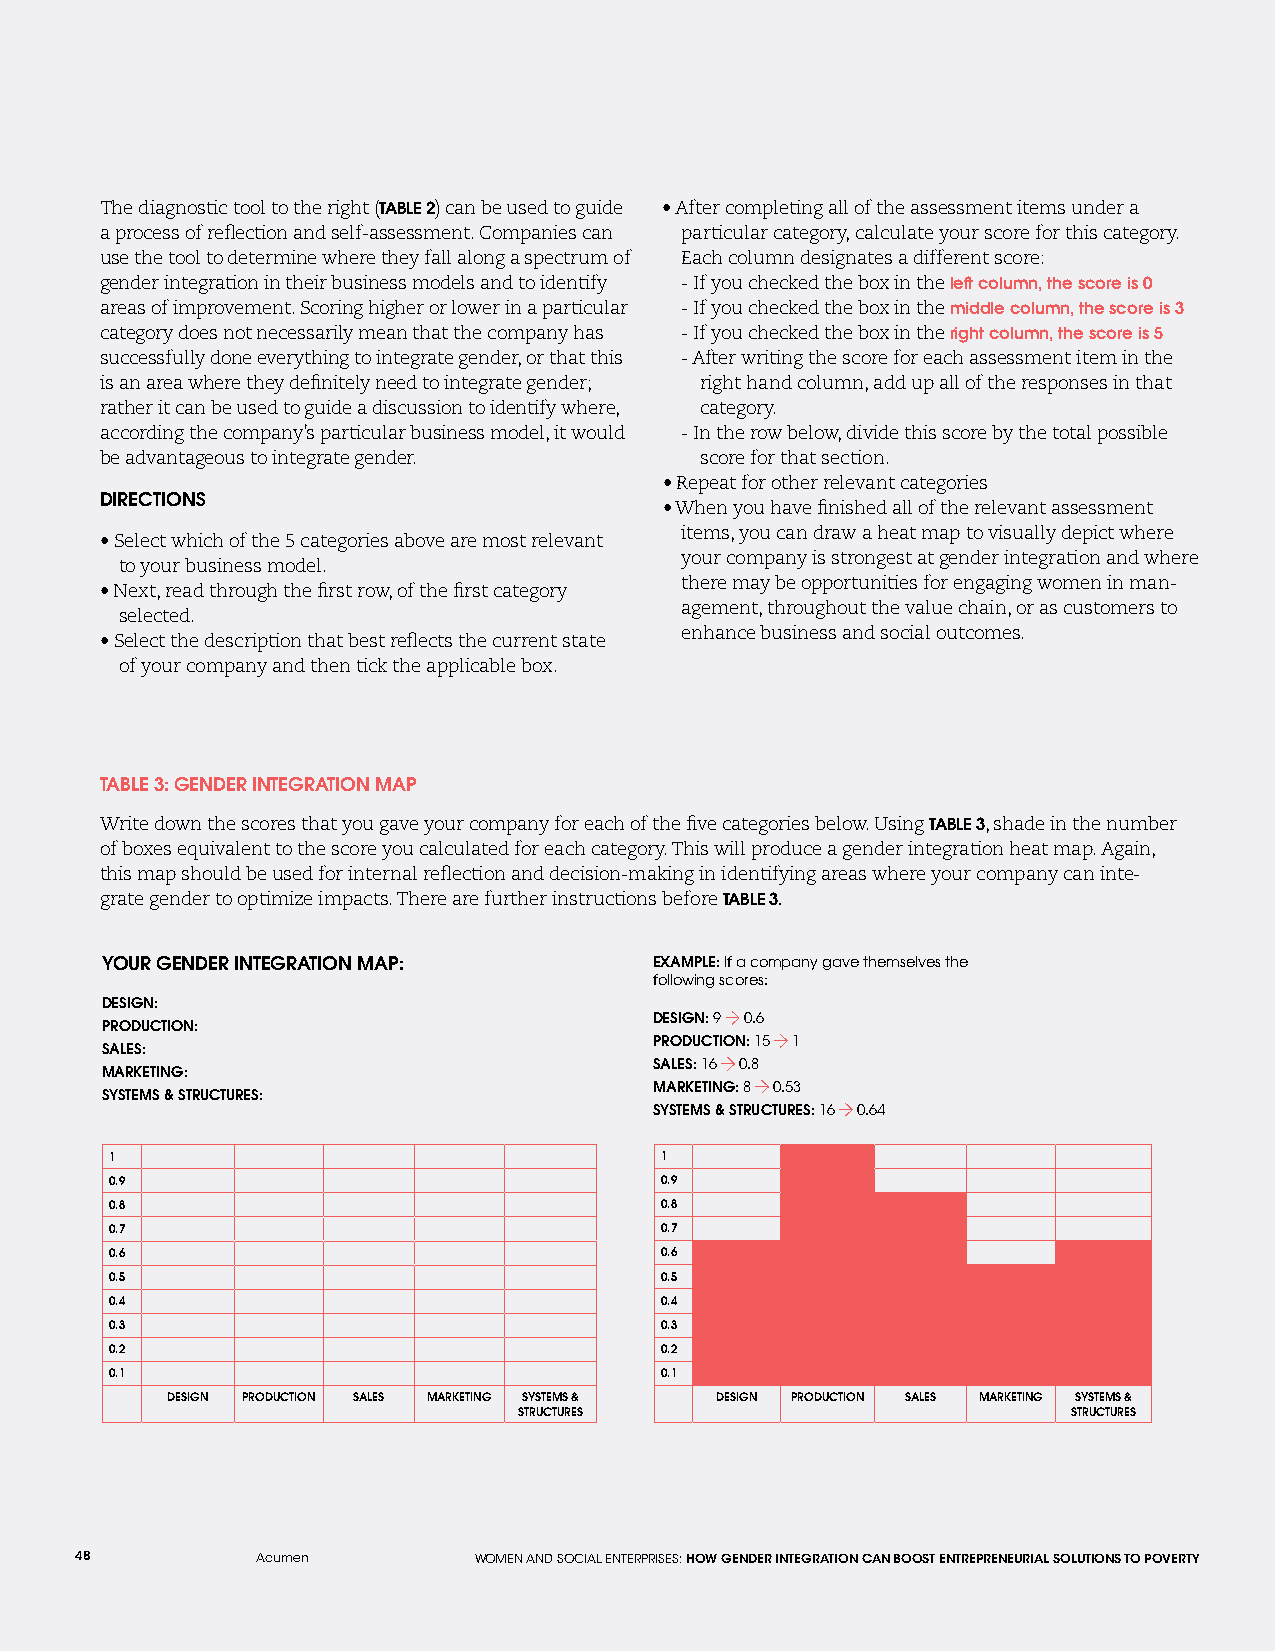
The diagnostic tool to the right (TABLE 2) can be used to guide • After completing all of the assessment items under a
 a process of reflection and self-assessment. Companies can particular category, calculate your score for this category.
 use the tool to determine where they fall along a spectrum of Each column designates a different score:
 gender integration in their business models and to identify - If you checked the box in the left column, the score is 0
 areas of improvement. Scoring higher or lower in a particular - If you checked the box in the middle column, the score is 3
 category does not necessarily mean that the company has - If you checked the box in the right column, the score is 5
 successfully done everything to integrate gender, or that this - After writing the score for each assessment item in the
 is an area where they definitely need to integrate gender; right hand column, add up all of the responses in that
 rather it can be used to guide a discussion to identify where, category.
 according the company’s particular business model, it would - In the row below, divide this score by the total possible
 be advantageous to integrate gender.   score for that section.
 • Repeat for other relevant categories
 DIRECTIONS
 • When you have finished all of the relevant assessment
 items, you can draw a heat map to visually depict where
 • Select which of the 5 categories above are most relevant
 your company is strongest at gender integration and where
 to your business model.
 there may be opportunities for engaging women in man-
 • Next, read through the first row, of the first category
 agement, throughout the value chain, or as customers to
 selected.
 enhance business and social outcomes.
 • Select the description that best reflects the current state
 of your company and then tick the applicable box.
 TABLE 3: GENDER INTEGRATION MAP
 Write down the scores that you gave your company for each of the five categories below. Using TABLE 3, shade in the number
 of boxes equivalent to the score you calculated for each category. This will produce a gender integration heat map. Again,
 this map should be used for internal reflection and decision-making in identifying areas where your company can inte-
 grate gender to optimize impacts. There are further instructions before TABLE 3.
 YOUR GENDER INTEGRATION MAP:        EXAMPLE: If a company gave themselves the
 following scores:
 DESIGN:
 DESIGN: 9 0.6
 PRODUCTION:
 PRODUCTION: 15 1
 SALES:
 SALES: 16 0.8
 MARKETING:
 MARKETING: 8 0.53
 SYSTEMS & STRUCTURES:
 SYSTEMS & STRUCTURES: 16 0.64
 1                                    1
 0.9                                  0.9
 0.8                                  0.8
 0.7                                  0.7
 0.6                                  0.6
 0.5                                  0.5
 0.4                                  0.4
 0.3                                  0.3
 0.2                                  0.2
 0.1                                  0.1
 DESIGN PRODUCTION SALES MARKETING SYSTEMS & DESIGN PRODUCTION SALES MARKETING SYSTEMS &
 STRUCTURES                           STRUCTURES
 48          Acumen        WOMEN AND SOCIAL ENTERPRISES: HOW GENDER INTEGRATION CAN BOOST ENTREPRENEURIAL SOLUTIONS TO POVERTY